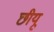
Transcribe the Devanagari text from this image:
छीयू